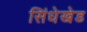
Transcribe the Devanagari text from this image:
सिंधेखेड